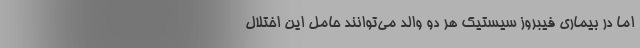
اما در بیماری فیبروز سیستیک هر دو والد می‌توانند حامل این اختلال